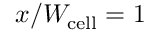
x / W _ { \mathrm { c e l l } } = 1